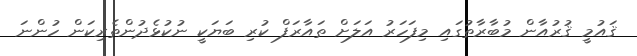
ޤައުމީ ޤުރުއާން މުބާރާތުގައި މިފަހަރު އަލަށް ތައާރަފް ކުރި ބަޔަކީ ނުކުޅެދުންތެރިކަން ހުންނަ